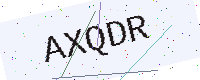
Text: AXQDR